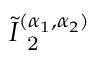
\tilde { I } _ { \mathrm { ~ 2 ~ } } ^ { ( \alpha _ { 1 } , \alpha _ { 2 } ) }